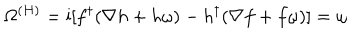
LaTeX: \Omega ^ { ( H ) } = \mathrm { i } [ f ^ { \dagger } ( \nabla h + h \omega ) - h ^ { \dagger } ( \nabla f + f \omega ) ] = \omega